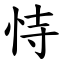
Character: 恃